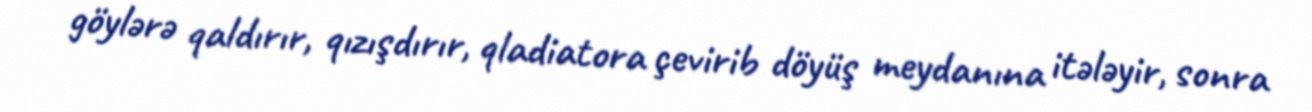
göylərə qaldırır, qızışdırır, qladiatora çevirib döyüş meydanına itələyir, sonra